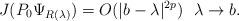
LaTeX: \begin{align*} J(P_0\Psi_{R(\lambda)})=O(|b-\lambda|^{2p})~~\lambda\to b. \end{align*}